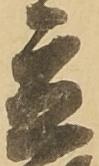
立